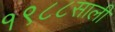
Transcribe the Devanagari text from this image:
१९८८साली